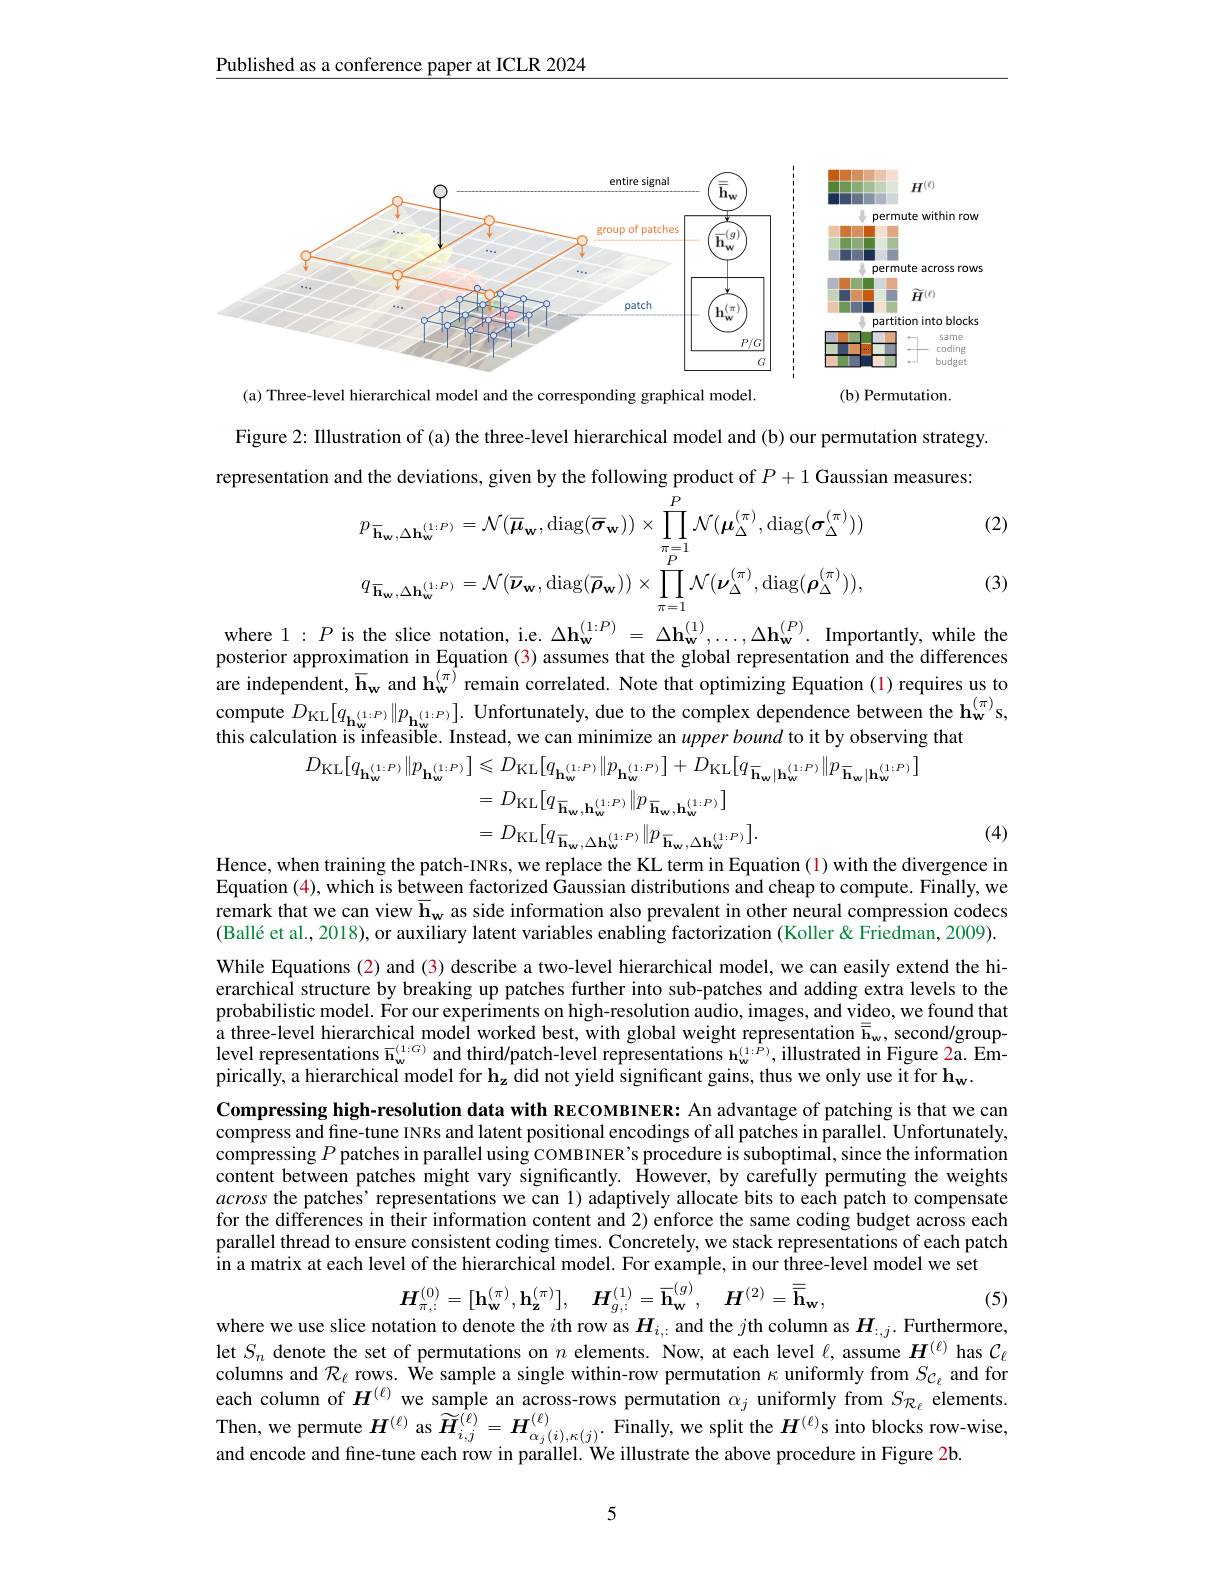
Published as a conference paper at ICLR 2024

<FigureHere>

Figure 2: IIlustration of (a) the three-level hierarchical model and (b) our permutation strategy. representation and the deviations, given by the following product of $P+1$ Gaussian measures:
$$p_{\overline{\mathbf{h}}_{\mathbf{w}},\Delta\mathbf{h}_{\mathbf{w}}^{(1:P)}}=\mathcal{N}(\overline{\boldsymbol{\mu}}_{\mathbf{w}},\mathrm{diag}(\overline{\boldsymbol{\sigma}}_{\mathbf{w}}))\times\prod_{\pi=1}^{P}\mathcal{N}(\boldsymbol{\mu}_{\Delta}^{(\pi)},\mathrm{diag}(\boldsymbol{\sigma}_{\Delta}^{(\pi)}))\\q_{\overline{\mathbf{h}}_{\mathbf{w}},\Delta\mathbf{h}_{\mathbf{w}}^{(1:P)}}=\mathcal{N}(\overline{\boldsymbol{\nu}}_{\mathbf{w}},\mathrm{diag}(\overline{\boldsymbol{\rho}}_{\mathbf{w}}))\times\prod_{\pi=1}^{P}\mathcal{N}(\boldsymbol{\nu}_{\Delta}^{(\pi)},\mathrm{diag}(\boldsymbol{\rho}_{\Delta}^{(\pi)})),$$
(2)

(3)

where $1:P$ is the slice notation, i.e. $\Delta\mathbf{h}_{\mathbf{w}}^{(1:P)}=\Delta\mathbf{h}_{\mathbf{w}}^{(1)},\ldots,\Delta\mathbf{h}_{\mathbf{w}}^{(P)}.$ Importantly, while tho posterior approximation in Equation (3) assumes that the global representation and the differences are independent, $\bar{\mathbf{h}}_{\mathbf{w}}$ and $\mathbf{h}_{\mathbf{w}}^{(\pi)}$ remain correlated. Note that optimizing Equation (1) requires us to compute $D_{\mathrm{KL}}[q_{\mathbf{h}_{\mathrm{w}}^{(1\cdot P)}}\|p_{\mathbf{h}_{\mathrm{w}}^{(1\cdot P)}}].$ Unfortunately, due to the complex dependence between the h$_{\mathrm{w}}^{(\pi)}$s, this calculation is infeasible. Instead, we can minimize an upperbound to it by observing that
$$\begin{aligned}D_{\mathrm{KL}}[q_{\mathbf{h}_{\mathbf{w}}^{(1:P)}}\|p_{\mathbf{h}_{\mathbf{w}}^{(1:P)}}]&\leqslant D_{\mathrm{KL}}[q_{\mathbf{h}_{\mathbf{w}}^{(1:P)}}\|p_{\mathbf{h}_{\mathbf{w}}^{(1:P)}}]+D_{\mathrm{KL}}[q_{\mathbf{h}_{\mathbf{w}}|\mathbf{h}_{\mathbf{w}}^{(1:P)}}\|p_{\mathbf{h}_{\mathbf{w}}|\mathbf{h}_{\mathbf{w}}^{(1:P)}}]\\&=D_{\mathrm{KL}}[q_{\overline{\mathbf{h}}_{\mathbf{w}},\mathbf{h}_{\mathbf{w}}^{(1:P)}}\|p_{\overline{\mathbf{h}}_{\mathbf{w}},\mathbf{h}_{\mathbf{w}}^{(1:P)}}]\\&=D_{\mathrm{KL}}[q_{\overline{\mathbf{h}}_{\mathbf{w}},\Delta\mathbf{h}_{\mathbf{w}}^{(1:P)}}\|p_{\overline{\mathbf{h}}_{\mathbf{w}},\Delta\mathbf{h}_{\mathbf{w}}^{(1:P)}}].\\\text{hen training the natch-INBs werenlace the KL term in Equation (1) with the dive}\end{aligned}$$
(4)

Equation (4), which is between factorized Gaussian distributions and cheap to compute. Finally, we remark that we can view $\overline{\mathbf{h}}_{\mathbf{w}}$ as side information also prevalent in other neural compression codecs $( \text{Ball\' {e} et al. , 2018) , or auxiliary latent variables enabling factorization ( Koller\" {\& }Friedman, 2009) . }$

While Equations (2) and (3) describe a two-level hierarchical model, we can easily extend the hierarchical structure by breaking up patches further into sub-patches and adding extra levels to the probabilistic model. For our experiments on high-resolution audio, images, and video, we found that a three-level hierarchical model worked best, with global weight representation $\overline{\bar{\mathbf{h}}}_{\mathrm{w}}$, second/grouplevel representations $\overline{\mathbf{h}}_{\mathrm{w}}^{(1:G)}$ and third/patch-level representations h$_\mathrm{w}^{(1:\hat{P})}$,illustrated in Figure 2a. Empirically, a hierarchical model for $\mathbf{h}_{\mathbf{z}}$ did not yield significant gains, thus we only use it for $\mathbf{h}_{\mathbf{w}}.$
Compressing high-resolution data with RECOMBINER: An advantage of patching is that we can compress and fine-tune INRs and latent positional encodings of all patches in parallel. Unfortunately, compressing $P$ patches in parallel using COMBINER's procedure is suboptimal, since the information content between patches might vary significantly. However, by carefully permuting the weights across the patches’ representations we can 1) adaptively allocate bits to each patch to compensate for the differences in their information content and 2) enforce the same coding budget across each parallel thread to ensure consistent coding times. Concretely, we stack representations of each patch in a matrix at each level of the hierarchical model. For example, in our three-level model we set
$$\boldsymbol{H}_{\pi,:}^{(0)}=[\mathbf{h}_{\mathbf{w}}^{(\pi)},\mathbf{h}_{\mathbf{z}}^{(\pi)}],\quad\boldsymbol{H}_{g,:}^{(1)}=\overline{\mathbf{h}}_{\mathbf{w}}^{(g)},\quad\boldsymbol{H}^{(2)}=\overline{\overline{\mathbf{h}}}_{\mathbf{w}},$$
(5)

where we use slice notation to denote the $i$th row as $H_i,:$ and the $j$th column as $H_:,j.$ Furthermore, let $S_n$ denote the set of permutations on $n$ elements. Now, at each level $\ell$, assume $\boldsymbol{H}^{(\ell)}$ has $\mathcal{C}_\ell$ each column of $H^{(\ell)}$ we sample an across-rows permutation $\alpha_j$ uniformly from $S_{\mathcal{R}_\ell}$ elements. Then, we permute $H^{(\ell)}$ as $\widetilde{\boldsymbol{H}}_{i,j}^{(\ell)}=\boldsymbol{H}_{\alpha_{j}(i),\kappa(j)}^{(\ell)}.$ Finally, we split the $\boldsymbol{H}^{(\ell)}$s into blocks row-wise and encode and fine-tune each row in parallel. We illustrate the above procedure in Figure 2b.

5